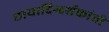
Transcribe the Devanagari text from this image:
छायादिग्दर्शकांची